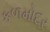
કળમોદર